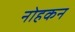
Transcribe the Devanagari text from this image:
नोहकन